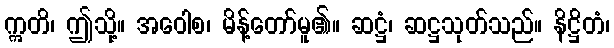
ဣတိ၊ ဤသို့။ အဝေါစ၊ မိန့်တော်မူ၏။ ဆဋ္ဌံ၊ ဆဋ္ဌသုတ်သည်။ နိဋ္ဌိတံ၊